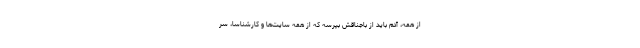
از همه، آدم باید از باجناقش بپرسه که از همه سایت­ها و کارشناسا، سر